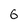
Character: G